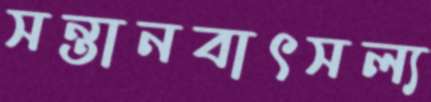
সন্তানবাৎসল্য